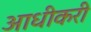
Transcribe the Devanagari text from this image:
आधीकरी